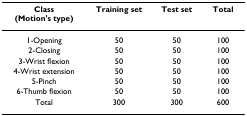
<table><thead><tr><td><b>Class (Motion&#x27;s type)</b></td><td><b>Training set</b></td><td><b>Test set</b></td><td><b>Total</b></td></tr></thead><tbody><tr><td>1-Opening</td><td>50</td><td>50</td><td>100</td></tr><tr><td>2-Closing</td><td>50</td><td>50</td><td>100</td></tr><tr><td>3-Wrist flexion</td><td>50</td><td>50</td><td>100</td></tr><tr><td>4-Wrist extension</td><td>50</td><td>50</td><td>100</td></tr><tr><td>5-Pinch</td><td>50</td><td>50</td><td>100</td></tr><tr><td>6-Thumb flexion</td><td>50</td><td>50</td><td>100</td></tr><tr><td>Total</td><td>300</td><td>300</td><td>600</td></tr></tbody></table>